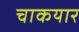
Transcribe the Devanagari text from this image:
चाकयार